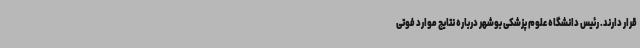
قرار دارند. رئیس دانشگاه علوم پزشکی بوشهر درباره نتایج موارد فوتی